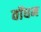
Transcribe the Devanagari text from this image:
वॉघम